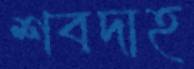
শবদাহ